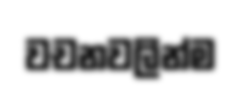
වචනවලින්ම